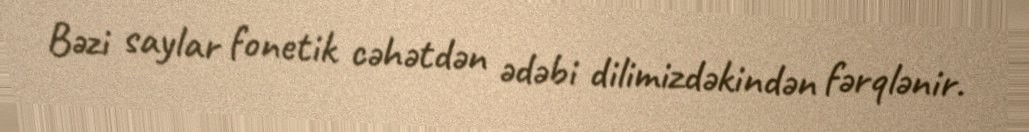
Bəzi saylar fonetik cəhətdən ədəbi dilimizdəkindən fərqlənir.